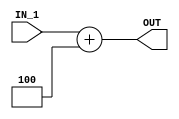
module adder_type2(IN_1,OUT);   
    input[31:0] IN_1;
    output[31:0] OUT;
    reg OUT;
    always@(*)begin
    #2                                                  //adder delay
    OUT = IN_1+ 4;
    end
endmodule